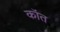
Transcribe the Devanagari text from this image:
कॉत